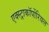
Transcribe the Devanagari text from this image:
एक्स्ट्राकॉर्पोरियल